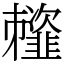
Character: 䪣